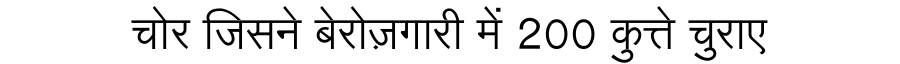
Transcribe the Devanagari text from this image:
चोर जिसने बेरोज़गारी में 200 कुत्ते चुराए